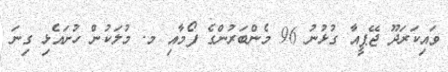
ވައިކަރަދޫ ޖޭޕީއާ ގުޅުނު 96 މެންބަރުންގެ ފޯމާއި މ. މުލަކުން ހުށައެޅި ގިނަ